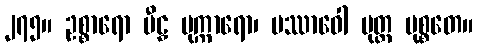
၂၇၅။ ဥစ္စာရော မီဠှ မုက္ကာရော၊ ပဿာဝေါ မုတ္တ မုစ္စတေ။